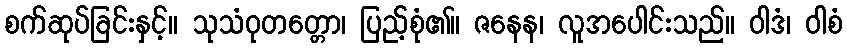
စက်ဆုပ်ခြင်းနှင့်။ သုသံဝုတတ္တော၊ ပြည့်စုံ၏။ ဇနေန၊ လူအပေါင်းသည်။ ဝါဒံ၊ ဝါစံ